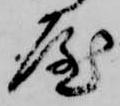
屋